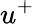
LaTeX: u^{+}